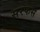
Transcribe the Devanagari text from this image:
सरफस